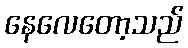
နေလေတော့သည်